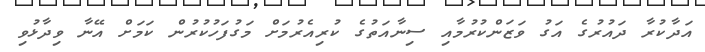
އަދާކުރާ ދައުރުގެ އަގު ވަޒަންކުރުމާއި ސިނާއަތުގެ ކުރިއެރުމަށް މަގުފަހުކުރުން ކަމަށް އޭނާ ވިދާޅުވި